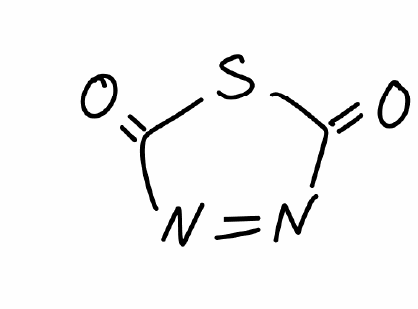
Simplified molecular-input line-entry system (SMILES) notation of the given molecule:
C1(=O)N=NC(=O)S1